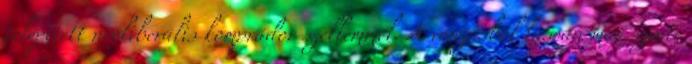
telepített neoliberális komprádor szellemmel. A vonzásból lassan már szinte